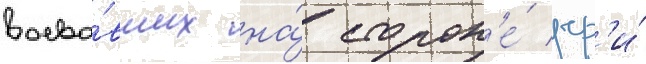
воева́вших на́ сторон'е́ чр'и́